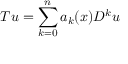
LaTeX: T u = \sum _ { k = 0 } ^ { n } a _ { k } ( x ) D ^ { k } u